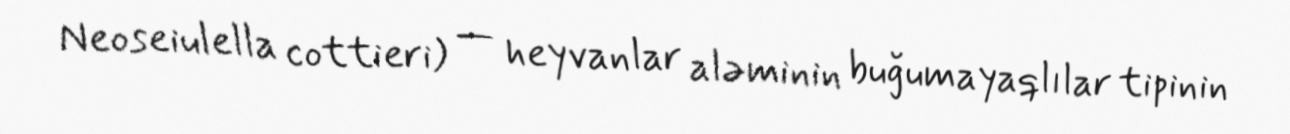
Neoseiulella cottieri) — heyvanlar aləminin buğumayaqlılar tipinin